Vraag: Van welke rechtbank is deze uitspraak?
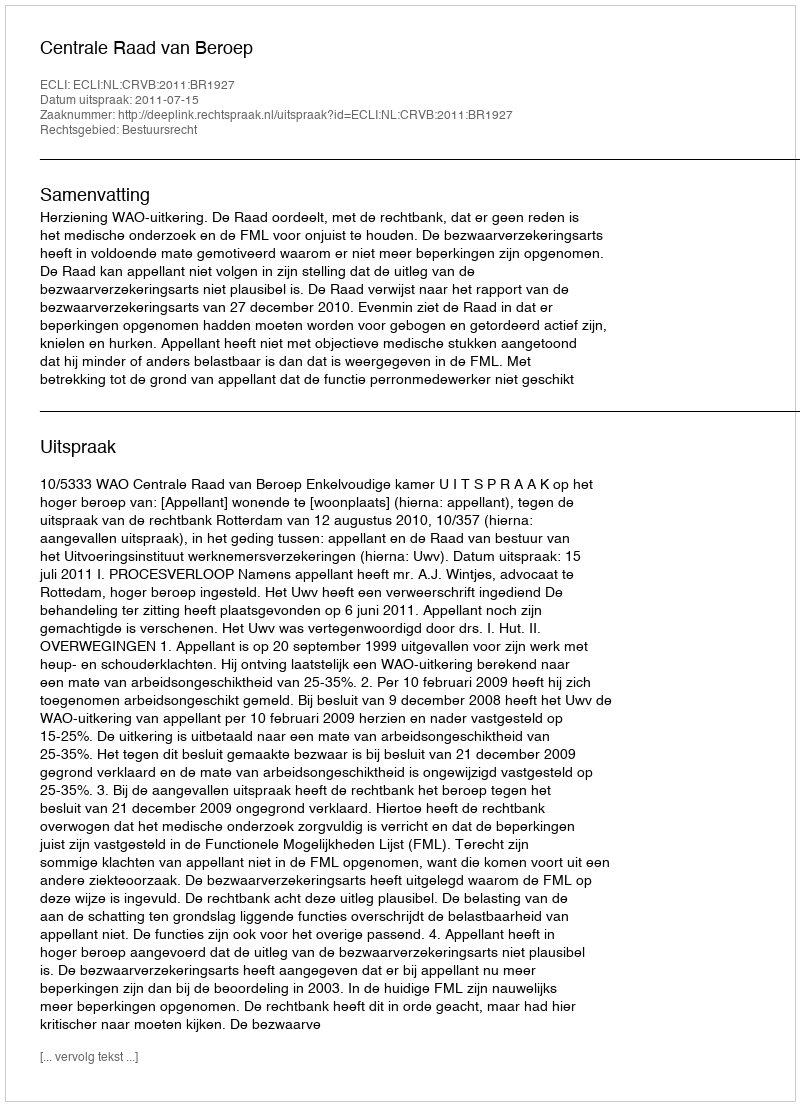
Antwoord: Centrale Raad van Beroep